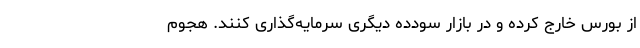
از بورس خارج کرده و در بازار سودده دیگری سرمایه‌گذاری کنند. هجوم